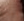
يبدأ